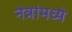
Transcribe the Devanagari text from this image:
नेत्रांमध्ये